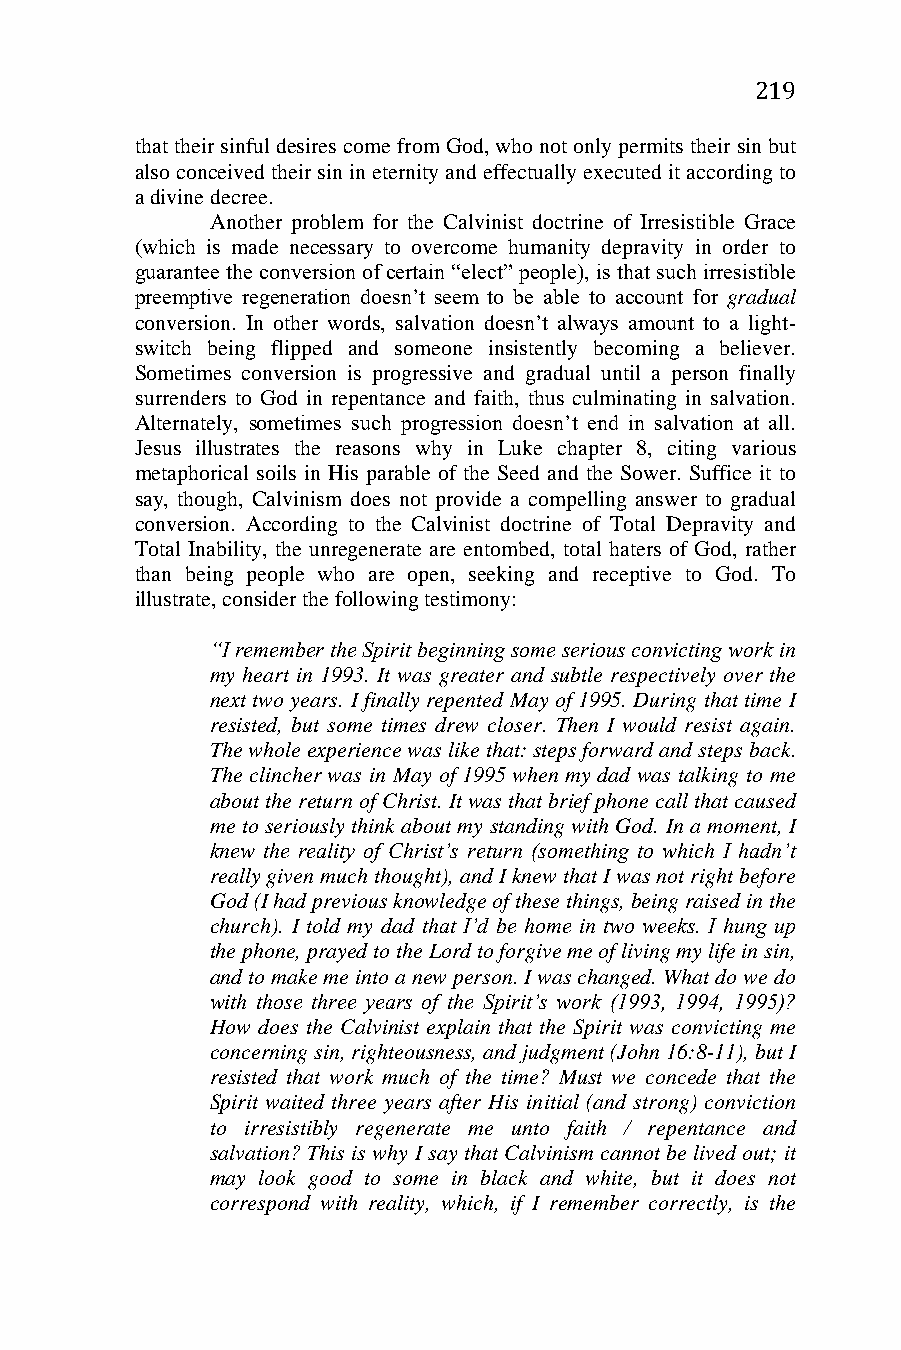
219
 that their sinful desires come from God, who not only permits their sin but
 also conceived their sin in eternity and effectually executed it according to
 a divine decree.
 Another problem for the Calvinist doctrine of Irresistible Grace
 (which is made necessary to overcome humanity depravity in order to
 guarantee the conversion of certain “elect” people), is that such irresistible
 preemptive regeneration doesn’t seem to be able to account for gradual
 conversion. In other words, salvation doesn’t always amount to a light-
 switch being flipped and someone insistently becoming a believer.
 Sometimes conversion is progressive and gradual until a person finally
 surrenders to God in repentance and faith, thus culminating in salvation.
 Alternately, sometimes such progression doesn’t end in salvation at all.
 Jesus illustrates the reasons why in Luke chapter 8, citing various
 metaphorical soils in His parable of the Seed and the Sower. Suffice it to
 say, though, Calvinism does not provide a compelling answer to gradual
 conversion. According to the Calvinist doctrine of Total Depravity and
 Total Inability, the unregenerate are entombed, total haters of God, rather
 than being people who are open, seeking and receptive to God. To
 illustrate, consider the following testimony:
 “I remember the Spirit beginning some serious convicting work in
 my heart in 1993. It was greater and subtle respectively over the
 next two years. I finally repented May of 1995. During that time I
 resisted, but some times drew closer. Then I would resist again.
 The whole experience was like that: steps forward and steps back.
 The clincher was in May of 1995 when my dad was talking to me
 about the return of Christ. It was that brief phone call that caused
 me to seriously think about my standing with God. In a moment, I
 knew the reality of Christ’s return (something to which I hadn’t
 really given much thought), and I knew that I was not right before
 God (I had previous knowledge of these things, being raised in the
 church). I told my dad that I’d be home in two weeks. I hung up
 the phone, prayed to the Lord to forgive me of living my life in sin,
 and to make me into a new person. I was changed. What do we do
 with those three years of the Spirit’s work (1993, 1994, 1995)?
 How does the Calvinist explain that the Spirit was convicting me
 concerning sin, righteousness, and judgment (John 16:8-11), but I
 resisted that work much of the time? Must we concede that the
 Spirit waited three years after His initial (and strong) conviction
 to irresistibly regenerate me unto faith / repentance and
 salvation? This is why I say that Calvinism cannot be lived out; it
 may look good to some in black and white, but it does not
 correspond with reality, which, if I remember correctly, is the